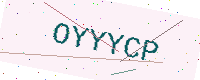
Text: OYYYCP